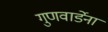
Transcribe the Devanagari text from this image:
गुणवार्डेना